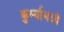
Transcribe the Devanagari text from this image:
कुर्म्यामध्ये